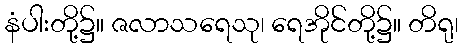
နံပါးတို့၌။ ဇလာသရေသု၊ ရေအိုင်တို့၌။ တိရု၊